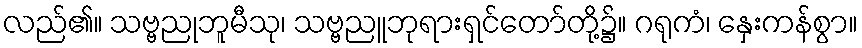
လည်၏။ သဗ္ဗညုဘူမီသု၊ သဗ္ဗညူဘုရားရှင်တော်တို့၌။ ဂရုကံ၊ နှေးကန်စွာ။